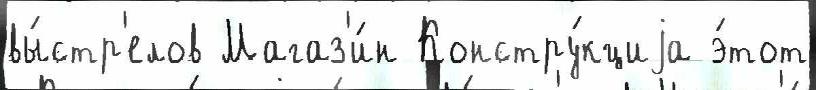
вы́стр'елов Магаз'и́н Констру́кциjа э́тот